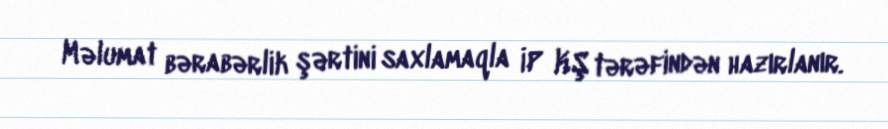
Məlumat bərabərlik şərtini saxlamaqla İP KŞ tərəfindən hazırlanır.